Civil Veterinary Department Bengal reports 1933-51 - 1933-1951
Year: 1933
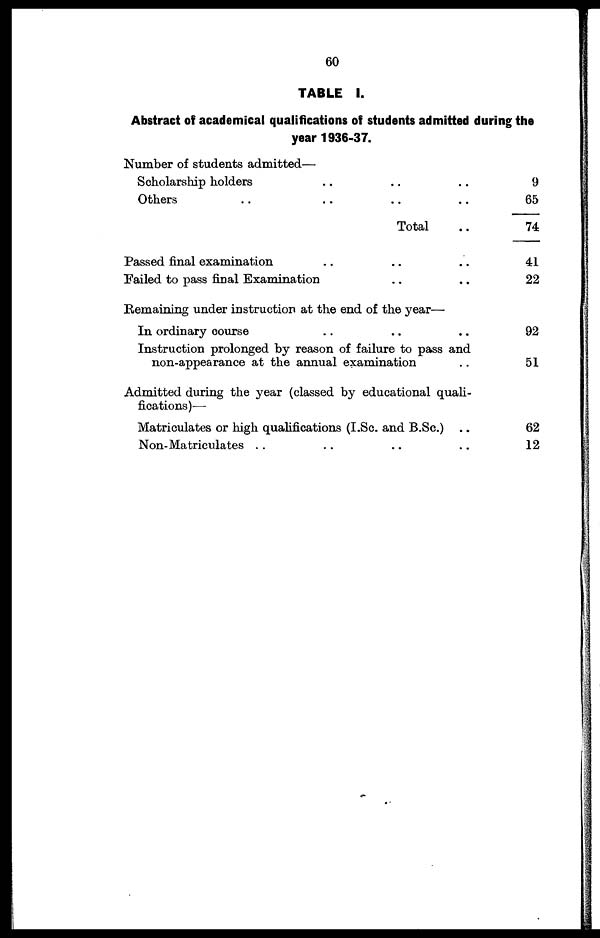
60
TABLE I.
Abstract of academical qualifications of students admitted during the
year 1936-37.
Number of students admitted—
Scholarship holders .. .. ..
Others .. .. .. ..
Total ..
Passed final examination .. .. ..
Failed to pass final Examination .. ..
Remaining under instruction at the end of the year—
In ordinary course .. .. ..
Instruction prolonged by reason of failure to pass and
non-appearance at the annual examination ..
Admitted during the year (classed by educational quali-
fications)—
Matriculates or high qualifications (I.Sc. and B.Sc.) ..
Non-Matriculates .. .. .. ..
9
65
74
41
22
92
51
62
12